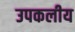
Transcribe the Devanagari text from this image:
उपकलीय